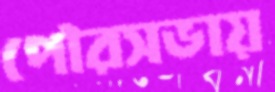
পৌরসভায়